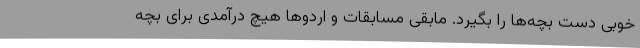
خوبی دست بچه‌ها را بگیرد. مابقی مسابقات و اردوها هیچ درآمدی برای بچه